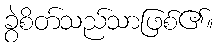
ခွဲစိတ်သည်သာဖြစ်၏။